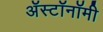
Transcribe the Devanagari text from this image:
ॲस्टॉनॉमी